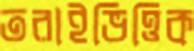
তরাইভিত্তিক